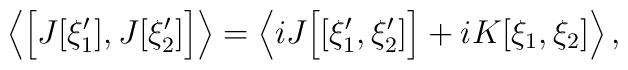
\left\langle \Bigl[ J[\xi'_1],J[\xi'_2 ] \Bigr] \right\rangle=    \left\langle i J\Bigl[[\xi'_1,\xi'_2]\Bigr]+     iK[\xi_1,\xi_2]\right\rangle,